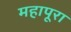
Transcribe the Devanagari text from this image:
महापूरा